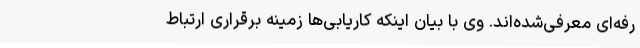
رفه‌ای معرفی‌شده‌اند. وی با بیان اینکه کاریابی‌ها زمینه برقراری ارتباط